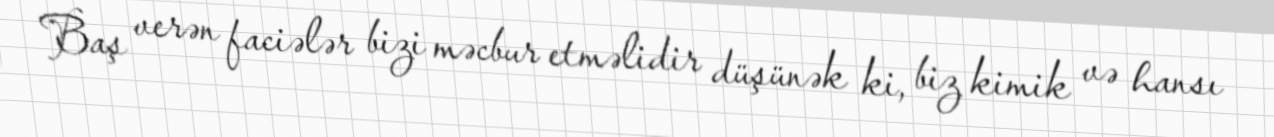
Baş verən faciələr bizi məcbur etməlidir düşünək ki, biz kimik və hansı